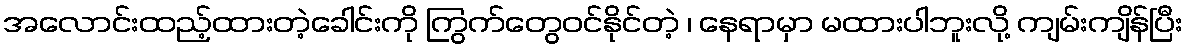
အလောင်းထည့်ထားတဲ့ခေါင်းကို ကြွက်တွေဝင်နိုင်တဲ့ ၊ နေရာမှာ မထားပါဘူးလို့ ကျမ်းကျိန်ပြီး